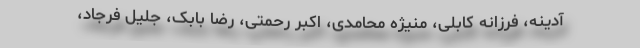
آدینه، فرزانه کابلی، منیژه محامدی، اکبر رحمتی، رضا بابک، جلیل فرجاد،